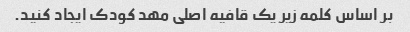
بر اساس کلمه زیر یک قافیه اصلی مهد کودک ایجاد کنید.